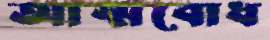
আত্মবোধ